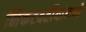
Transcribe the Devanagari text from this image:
निकटवर्तीयांमध्ये